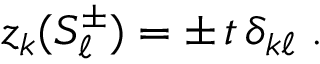
z _ { k } ( S _ { \ell } ^ { \pm } ) = \pm \, t \, \delta _ { k \ell } \; .